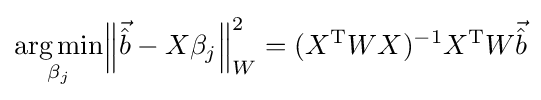
{\underset {\beta _{j}}{\operatorname {arg\,min} }}{\Big \|}{\vec {\hat {b}}}-X\beta _{j}{\Big \|}_{W}^{2}=(X^{\mathrm {T} }WX)^{-1}X^{\mathrm {T} }W{\vec {\hat {b}}}